Statistics of inoculations with Haffkine's anti-plague vaccine 1897-1900
Year: 1897
Disease focus: Plague
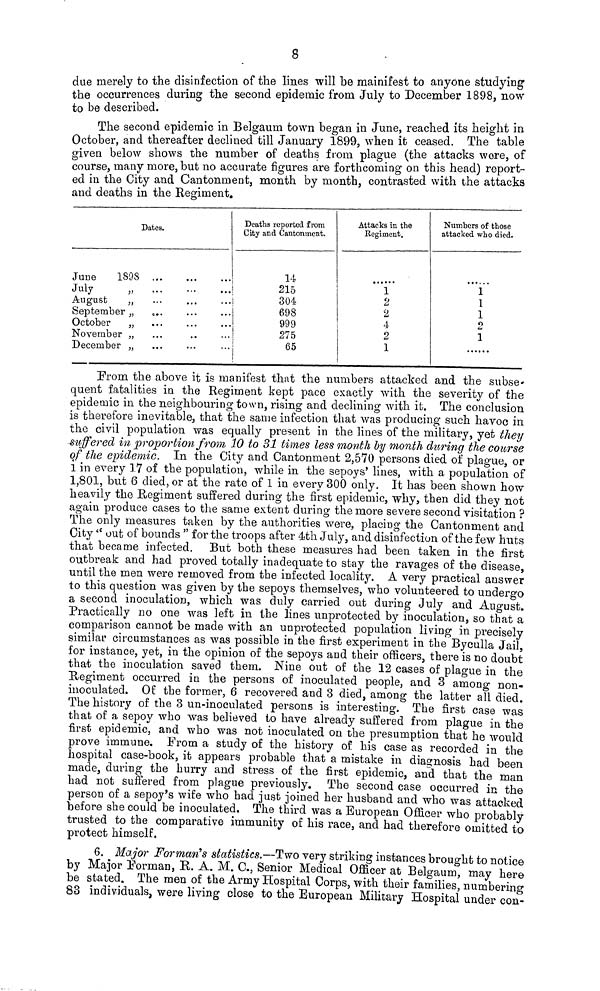
8
due merely to the disinfection of the lines will be mainifest to anyone studying
the occurrences during the second epidemic from July to December 1898, now
to be described.
The second epidemic in Belgaurn town began in June, reached its height in
October, and thereafter declined till January 1899, when it ceased. The table
given below shows the number of deaths from plague (the attacks wore, of
course, many more, but no accurate figures are forthcoming on this head) report-
ed in the City and Cantonment, month by month, contrasted with the attacks
and deaths in the Regiment.
Dates.
June
1898 ... ... ...
July ,, ... ... ...
August ,, ... ... ...
September ,, ... ... ...
October
November
December
Deaths reported from
City and Cantonment.
14
215
304
698
999
275
65
Attacks in the
Regiment.
1
2
2
4
2
1
Numbers of those
attacked who died.
1
1
1
2
1
From the above it is manifest that the numbers attacked and the subse-
quent fatalities in the Regiment kept pace exactly with the severity of the
epidemic in the neighbouring town, rising and declining with it. The conclusion
is therefore inevitable, that the same infection that was producing such havoc in
the civil population was equally present in the lines of the military, yet they
suffered in proportion from 10 to 31 times less month by month during the course
of the epidemic. In the City and Cantonment 2,570 persons died of plague, or
1 in every 17 of the population, while in the sepoys' lines, with a population of
1,801, but 6 died, or at the rate of 1 in every 300 only. It has been shown how
heavily the Regiment suffered during the first epidemic, why, then did they not
again produce cases to the same extent during the more severe second visitation ?
The only measures taken by the authorities were, placing the Cantonment and
City " out of bounds " for the troops after 4th July, and disinfection of the few huts
that became infected. But both these measures had been taken in the first
outbreak and had proved totally inadequate to stay the ravages of the disease,
until the men were removed from the infected locality. A very practical answer
to this question was given by the sepoys themselves, who volunteered to undergo
a second inoculation, which was duly carried out during July and August.
Practically no one was left in the lines unprotected by inoculation, so that a"
comparison cannot be made with an unprotected population living in precisely
similar circumstances as was possible in the first experiment in the Byculla Jail,
for instance, yet, in the opinion of the sepoys and their officers, there is no doubt
that the inoculation saved them. Nine out of the 12 cases of plague in the
Regiment occurred in the persons of inoculated people, and 3 amono non-
inoculated. Of the former, 6 recovered and 3 died, among the latter a?l died.
The history of the 3 un-inoculated persons is interesting. The first case was
that of a sepoy who was believed to have already suffered from plague in the
first epidemic, and who was not inoculated on the presumption that he would
prove immune. From a study of the history of his case as recorded in the
hospital case-book, it appears probable that a mistake in diagnosis had been
made, during the hurry and stress of the first epidemic, and that the man
had not suffered from plague previously. The second case occurred in the
person of a sepoy's wife who had just joined her husband and who was attacked
before she could be inoculated. The third was a European Officer who probably
trusted to the comparative immunity of his race, and had therefore omitted to
protect himself.
6. Major Forman's statistics.—Two very striking instances brought to notice
by Major Forman, K. A. M. C., Senior Medical Officer at Belgaum, may here
be stated. The men of the Army Hospital Corps, with their families, numbering
83 individuals, were living close to the European Military Hospital under co-